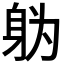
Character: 𮷓